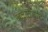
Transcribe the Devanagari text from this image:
खल्लिकोट